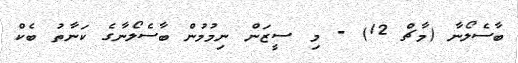
ބާސެލޯނާ (މާޗް 12) - މި ސީޒަން ނިމުމުން ބާސެލޯނާގެ ކަނާތު ބެކް